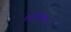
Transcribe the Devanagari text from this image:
रंगभाष्यम